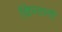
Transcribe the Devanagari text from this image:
ख्रिस्तानी